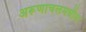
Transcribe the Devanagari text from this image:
अरूणाचलमधील